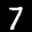
Label: 7